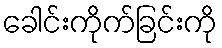
ခေါင်းကိုက်ခြင်းကို